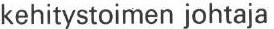
kehitystoimen johtaja